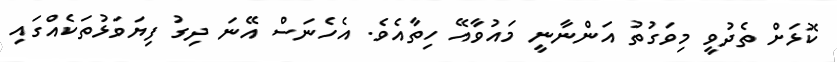
ކޮޅަށް ތެދުވީ މިވަގުތު އަންނާނީ މައުވާއޭ ހިތާއެވެ. އެހެނަސް އޭނަ ދިގު ފިޔަވަޅުތަކެއްގައި